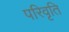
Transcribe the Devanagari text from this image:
परिवृति